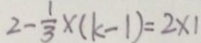
2 - \frac { 1 } { 3 } \times ( k - 1 ) = 2 \times 1